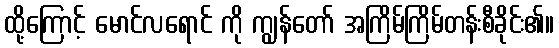
ထို့ကြောင့် မောင်လရောင် ကို ကျွန်တော် အကြိမ်ကြိမ်တန်းစီခိုင်း၏။